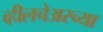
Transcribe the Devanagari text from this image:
व्हीलचेअरच्या